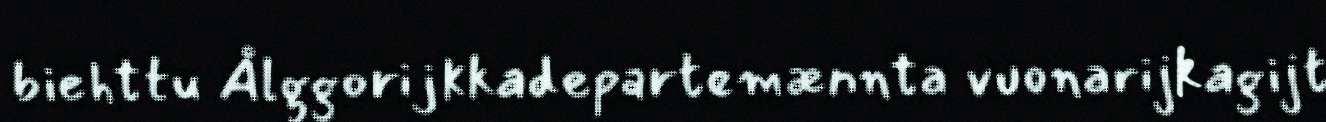
biehttu Ålggorijkkadepartemænnta vuonarijkagijt